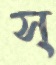
স্